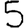
Digit: 5